Indian journal of veterinary science and animal husbandry - Volume 9,
Year: 1939
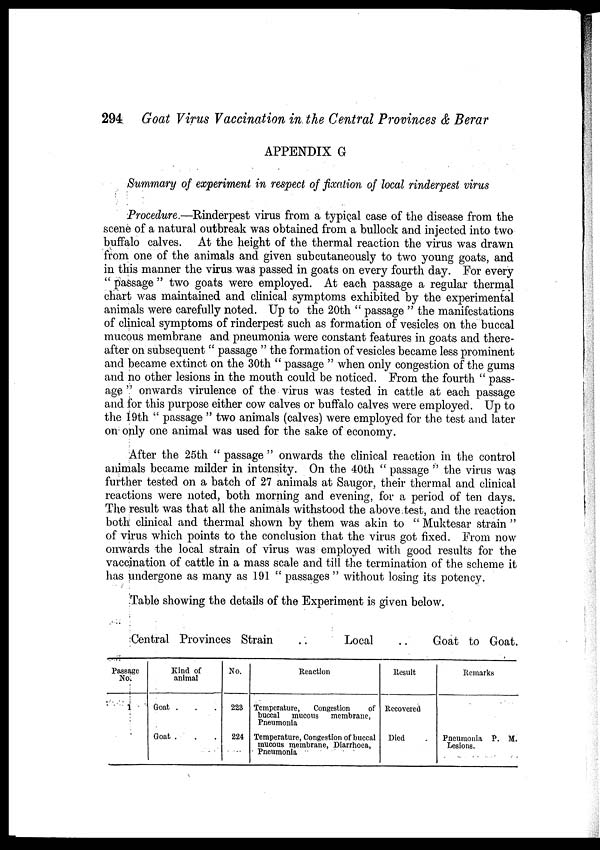
294 Goat Virus Vaccination in the Central Provinces & Berar
APPENDIX G
Summary of experiment in respect of fixation of local rinderpest virus
Procedure.—Rinderpest virus from a typical case of the disease from the
scene of a natural outbreak was obtained from a bullock and injected into two
buffalo calves. At the height of the thermal reaction the virus was drawn
from one of the animals and given subcutaneously to two young goats, and
in this manner the virus was passed in goats on every fourth day. For every
" passage " two goats were employed. At each passage a regular thermal
chart was maintained and clinical symptoms exhibited by the experimental
animals were carefully noted. Up to the 20th " passage " the manifestations
of clinical symptoms of rinderpest such as formation of vesicles on the buccal
mucous membrane and pneumonia were constant features in goats and there-
after on subsequent " passage " the formation of vesicles became less prominent
and became extinct on the 30th " passage " when only congestion of the gums
and no other lesions in the mouth could be noticed. From the fourth " pass-
age " onwards virulence of the virus was tested in cattle at each passage
and for this purpose either cow calves or buffalo calves were employed. Up to
the 19th " passage " two animals (calves) were employed for the test and later
on only one animal was used for the sake of economy.
After the 25th " passage " onwards the clinical reaction in the control
animals became milder in intensity. On the 40th " passage " the virus was
further tested on a batch of 27 animals at Saugor, their thermal and clinical
reactions were noted, both morning and evening, for a period of ten days.
The result was that all the animals withstood the above test, and the reaction
both clinical and thermal shown by them was akin to " Muktesar strain "
of virus which points to the conclusion that the virus got fixed. From now
onwards the local strain of virus was employed with good results for the
vaccination of cattle in a mass scale and till the termination of the scheme it
has undergone as many as 191 " passages " without losing its potency.
Table showing the details of the Experiment is given below.
Central Provinces Strain
..
Local
..
Goat to Goat.
Passage
No.
1
Kind of
animal
Goat . . .
Goat . . .
No.
223
224
Reaction
Temperature,
Congestion
of
buccal mucous membrane,
Pneumonia
Temperature, Congestion of buccal
mucous membrane, Diarrhoea,
Pneumonia
Result
Recovered
Died
Remarks
Pneumonia P. M.
Lesions.